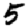
Digit: 5